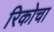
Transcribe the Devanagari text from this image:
रिकोचा